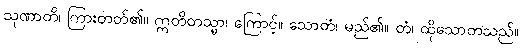
သုဏာတိ၊ ကြားတတ်၏။ ဣတိတသ္မာ၊ ကြောင့်။ သောတံ၊ မည်၏။ တံ၊ ထိုသောတသည်။